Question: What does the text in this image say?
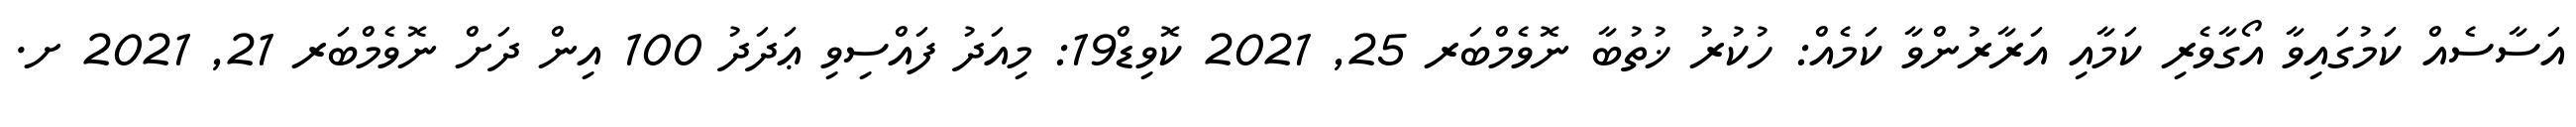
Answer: އަސާސެއް ކަމުގައިވާ އޯގާވެރި ކަމާއި އަރާރުންވާ ކަމެއް: ހުކުރު ޚުތުބާ ނޮވެމްބަރ 25, 2021 ކޮވިޑް19: މިއަދު ފައްސިވި ޢަދަދު 100 އިން ދަށް ނޮވެމްބަރ 21, 2021 ށ.